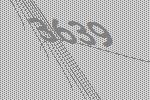
3639